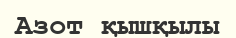
Азот қышқылы